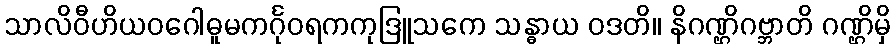
သာလိဝီဟိယဝဂေါဓူမကင်္ဂုဝရကကုဒြူသကေ သန္ဓာယ ဝဒတိ။ နိဂဏ္ဌိဂဗ္ဘာတိ ဂဏ္ဌိမှိ